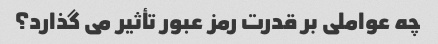
چه عواملی بر قدرت رمز عبور تأثیر می گذارد؟